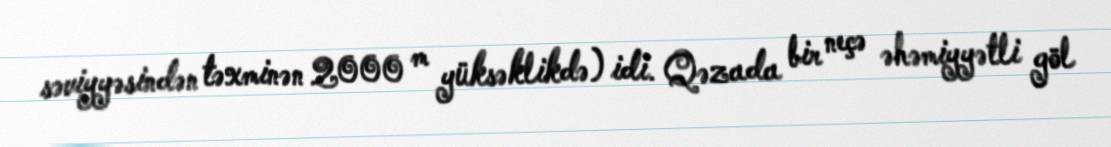
səviyyəsindən təxminən 2000 m yüksəklikdə) idi. Qəzada bir neçə əhəmiyyətli göl